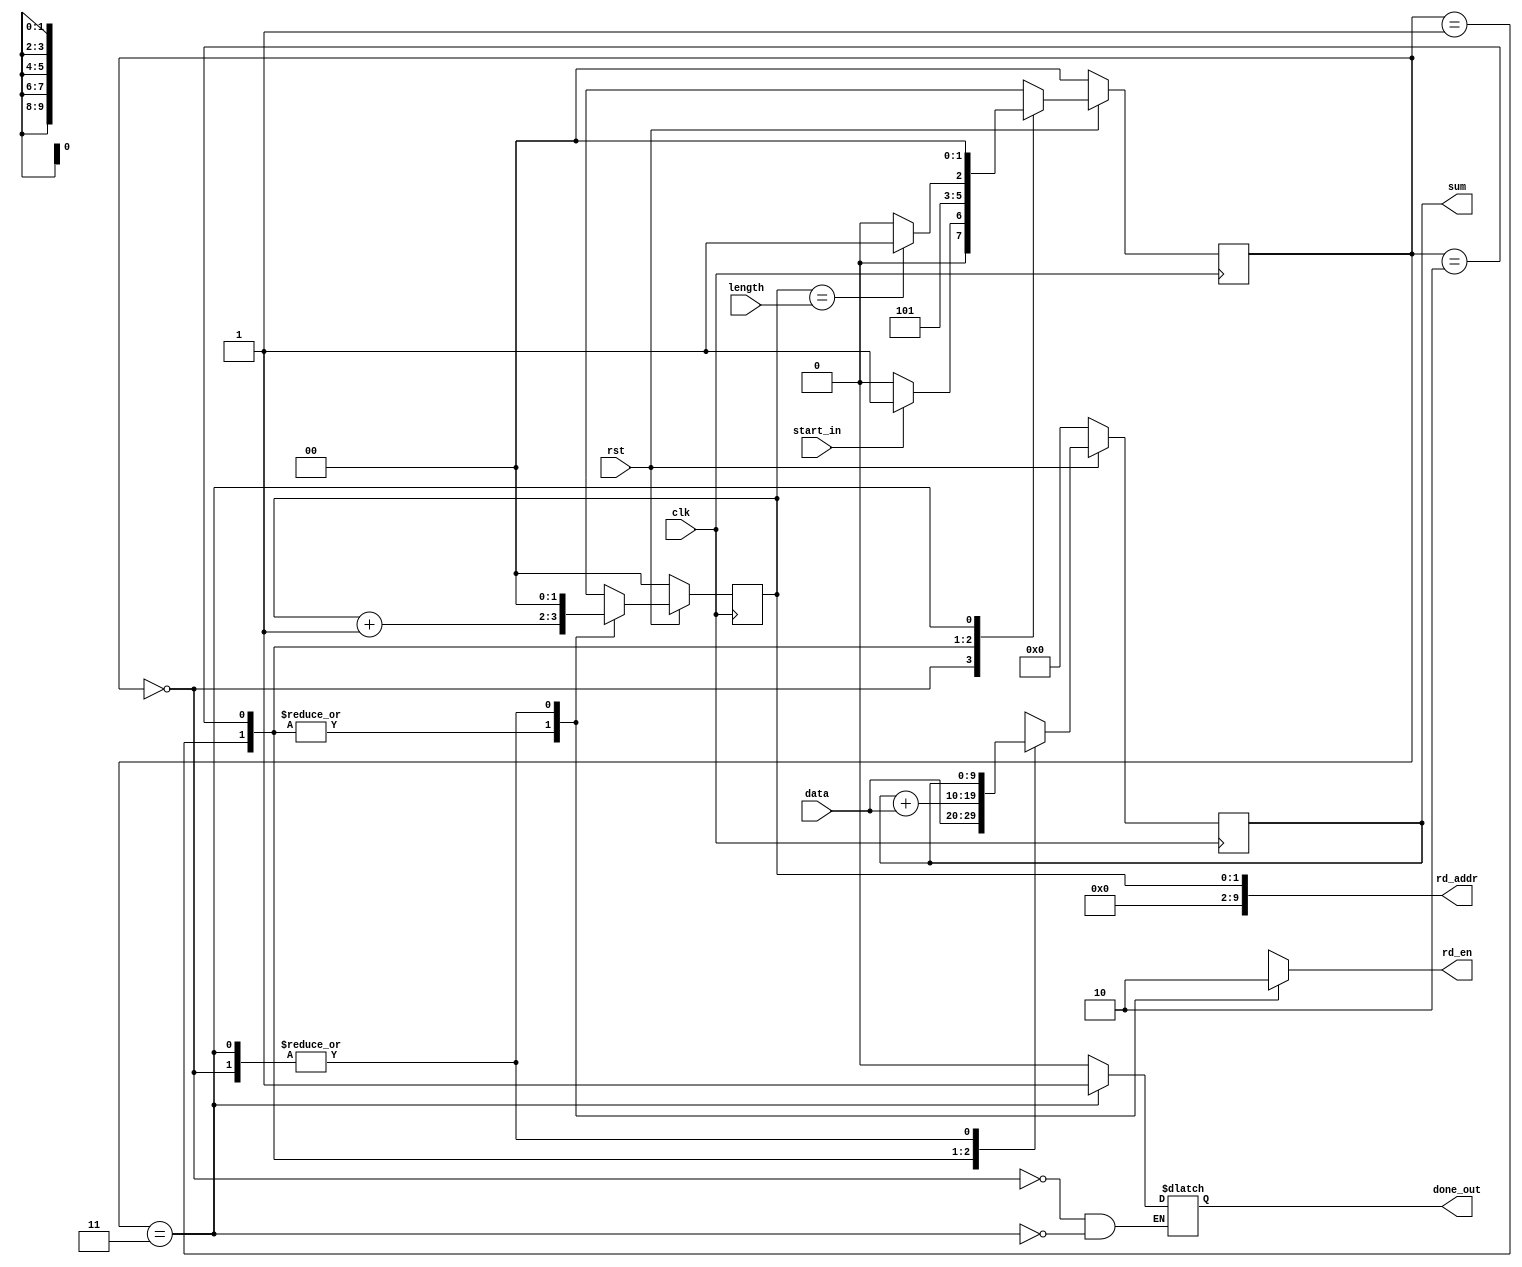
/*******************************************************************************
This FSM implements the core computational mode for the sum_comp
*******************************************************************************/

/*******************************************************************************
*  Parameters:      A. size -- the number of tokens (integers) in each
*                   input vector. 

*                   B. width -- the bit width for the integer data type
*                   used in the inner product operations
*******************************************************************************/
`timescale 1ns/1ps

module sum_comp
        #(parameter size = 3, width = 10)(  
        input clk, rst,
        input start_in,
        input [width - 1 : 0] length, data,
        output reg done_out,
        output reg rd_en,
        output [width - 1 : 0] rd_addr,
        output reg [width - 1 : 0] sum);

    localparam START = 2'b00, STATE0 = 2'b01, STATE1 = 2'b10, END = 2'b11;
  
    reg [1 : 0] state, next_state;
    reg [width - 1 : 0] next_sum;
    reg [log2(size) - 1 : 0] counter, next_counter;
  
    always @(posedge clk)
    begin
        if (!rst)
        begin 
            state <= START;
            sum <= 0;
	        counter <= 0;
        end
        else
        begin 
            state <= next_state;
            sum <= next_sum;
	        counter <= next_counter;
        end
    end
  
    assign rd_addr = counter;

    always @(state, start_in, counter)
    begin 
        case (state)
		/*Initialize parameters*/	
	      START:
	      begin
            done_out <= 0;
       	    next_sum <= sum;
       	    next_counter <= 0;
       	    rd_en <= 0;
            if (start_in)
                next_state <= STATE0;
            else
                next_state <= START;		    
        end
        STATE0:
        begin 
            next_counter <= counter + 1;
            rd_en <= 1;
            next_sum <= data;
            next_state <= STATE1;
        end
        STATE1:
        begin 
            next_counter <= counter + 1;
            rd_en <= 1;
            next_sum <= sum + data;
            if (counter == (length))
                next_state <= END;
            else
                next_state <= STATE1;
        end
        END:
        begin 
            done_out <= 1;
            next_counter <= 0;
            rd_en <= 0;
            next_sum <= sum;	    
            next_state <= START;
        end
        endcase
    end

    function integer log2;
    input [31:0] value;
    begin
        value = value - 1;
        for (log2 = 0; value > 0; log2 = log2 + 1) begin
            value = value >> 1;
        end
    end
    endfunction 

endmodule